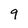
Character: 9